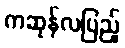
ကဆုန်လပြည့်